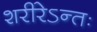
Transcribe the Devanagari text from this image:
शरीरेऽन्तः